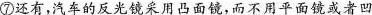
⑦还有，汽车的反光镜采用凸面镜，而不用平面镜或者凹